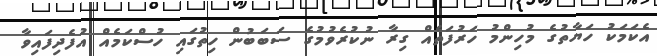
އެކަމަކު ހަޔާތުގެ މުހިންމު ހަރުފަތެއް ގިރާ ނުކުރެވުމުގެ ސަބަބުން ހިތުގައި ހުސްކަމެއް އުފެދިފައިވާ